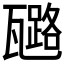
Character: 𤮗